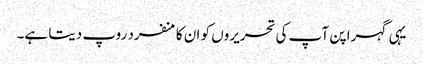
یہی گہرا پن آپ کی تحریروں کو ان کا منفرد روپ دیتا ہے۔